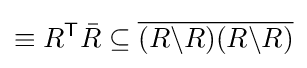
\equiv R^{\textsf {T}}{\bar {R}}\subseteq {\overline {(R\backslash R)(R\backslash R)}}